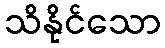
သိနိုင်သော